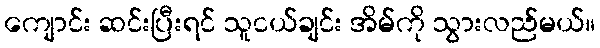
ကျောင်း ဆင်းပြီးရင် သူငယ်ချင်း အိမ်ကို သွားလည်မယ်။